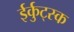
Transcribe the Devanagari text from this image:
ईर्कुट्स्क